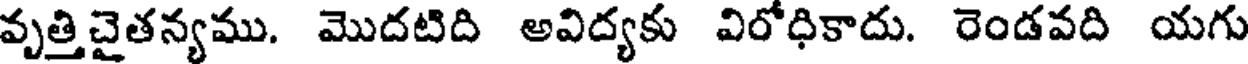
వృత్తిచైతన్యము. మొదటిది అవిద్యకు విరోధికాదు. రెండవది యగు